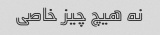
نه هیچ چیز خاصی